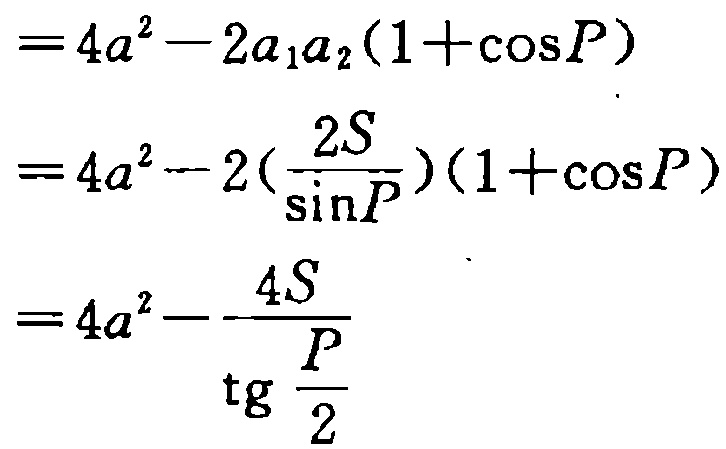
\[
\begin{align*}
&=4a^{2}-2a_{1}a_{2}(1 + \cos P)\\
&=4a^{2}-2(\frac{2S}{\sin P})(1 + \cos P)\\
&=4a^{2}-\frac{4S}{\tg\frac{P}{2}}
\end{align*}
\]